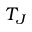
T _ { J }